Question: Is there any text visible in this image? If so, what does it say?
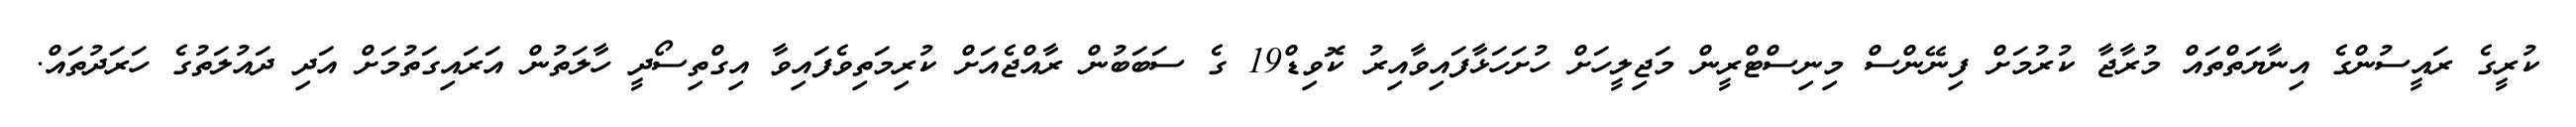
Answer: ކުރީގެ ރައީސުންގެ އިނާޔަތްތައް މުރާޖާ ކުރުމަށް ފިނޭންސް މިނިސްޓްރީން މަޖިލީހަށް ހުށަހަޅާފައިވާއިރު ކޮވިޑް19 ގެ ސަބަބުން ރާއްޖެއަށް ކުރިމަތިވެފައިވާ އިގްތިސޯދީ ހާލަތުން އަރައިގަތުމަށް އަދި ދައުލަތުގެ ހަރަދުތައް.